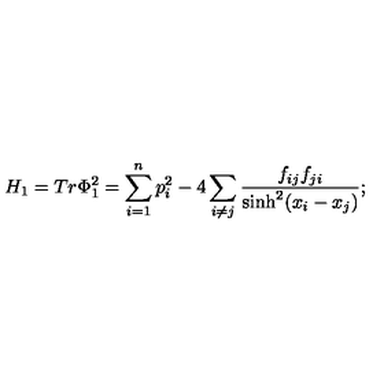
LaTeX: H _ { 1 } = T r \Phi _ { 1 } ^ { 2 } = \sum _ { i = 1 } ^ { n } p _ { i } ^ { 2 } - 4 \sum _ { i \neq j } \frac { f _ { i j } f _ { j i } } { \sinh ^ { 2 } ( x _ { i } - x _ { j } ) } ;